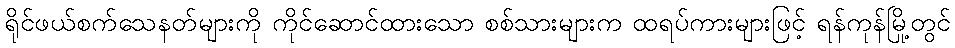
ရိုင်ဖယ်စက်သေနတ်များကို ကိုင်ဆောင်ထားသော စစ်သားများက ထရပ်ကားများဖြင့် ရန်ကုန်မြို့တွင်